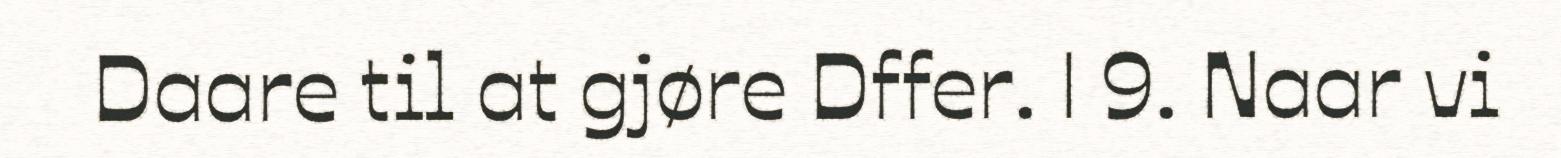
Daare til at gjøre Dffer. | 9. Naar vi